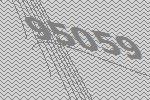
95059